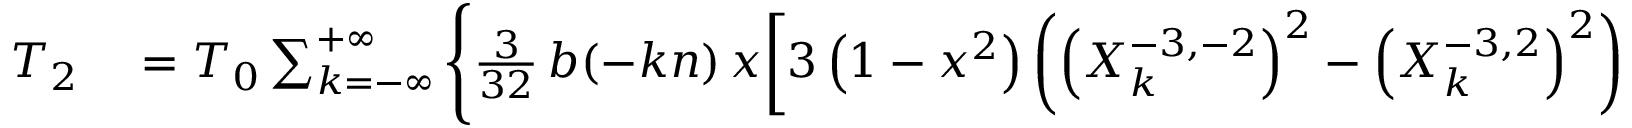
\begin{array} { r l } { T _ { 2 } } & { { } = { \cal T } _ { 0 } \sum _ { k = - \infty } ^ { + \infty } \Bigg \{ \frac { 3 } { 3 2 } \, b ( - k n ) \, x \bigg [ 3 \left( 1 - x ^ { 2 } \right) \left( \left( X _ { k } ^ { - 3 , - 2 } \right) ^ { 2 } - \left( X _ { k } ^ { - 3 , 2 } \right) ^ { 2 } \right) } \end{array}